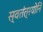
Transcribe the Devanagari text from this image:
स्वतंत्रयोनि